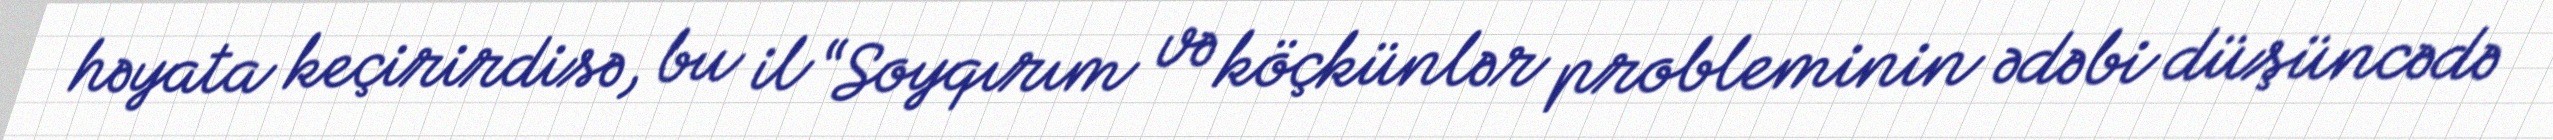
həyata keçirirdisə, bu il “Soyqırım və köçkünlər probleminin ədəbi düşüncədə